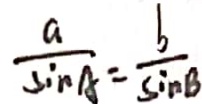
\frac { a } { \sin A } = \frac { b } { \sin b }